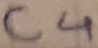
Text: C4